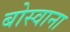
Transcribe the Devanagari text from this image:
बोस्वाना